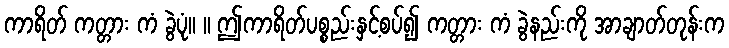
ကာရိတ် ကတ္တား ကံ ခွဲပုံ။ ။ ဤကာရိတ်ပစ္စည်းနှင့်စပ်၍ ကတ္တား ကံ ခွဲနည်းကို အာချာတ်တုန်းက